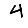
Digit: 4